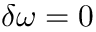
\delta \omega = 0